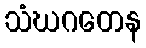
သံဃဂတေန